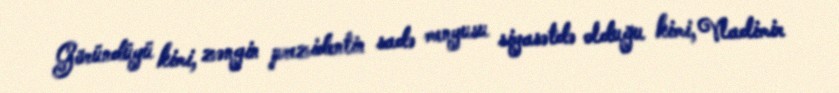
Göründüyü kimi, zəngin prezidentin sadə menyusu siyasətdə olduğu kimi, Vladimir